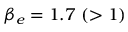
\beta _ { e } = 1 . 7 ~ ( > 1 )